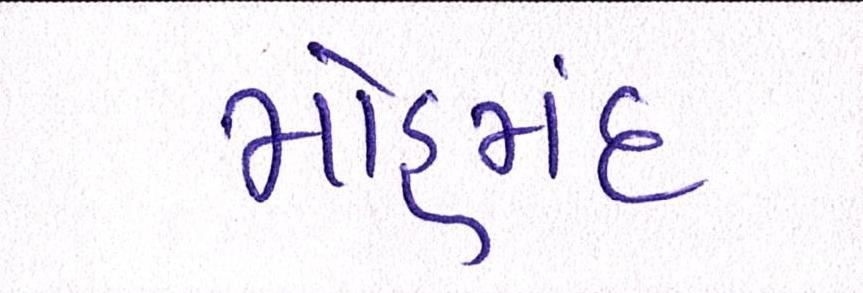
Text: મોહમંદ